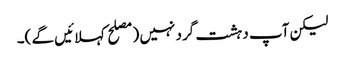
لیکن آپ دہشت گرد نہیں (مصلح کہلائیں گے )۔